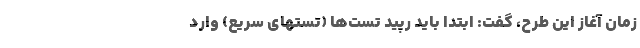
زمان آغاز این طرح، گفت: ابتدا باید رپید تست‌ها (تستهای سریع) وارد